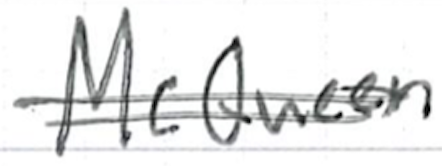
Text: McQueen
Cross-out: double-line
Writing tool: ballpoint